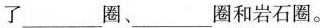
了___圈、___圈和岩石圈。